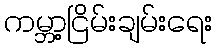
ကမ္ဘာ့ငြိမ်းချမ်းရေး